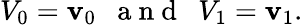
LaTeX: V_{0}=\mathbf{v}_{0}\mathrm{{~\ \ a~n~d~\ \ }}V_{1}=\mathbf{v}_{1}.